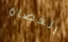
القضاة